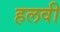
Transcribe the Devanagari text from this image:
हलवी